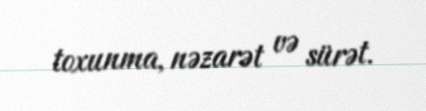
toxunma, nəzarət və sürət.